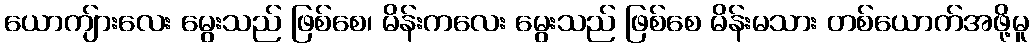
ယောကျ်ားလေး မွေးသည် ဖြစ်စေ၊ မိန်းကလေး မွေးသည် ဖြစ်စေ မိန်းမသား တစ်ယောက်အဖို့မူ